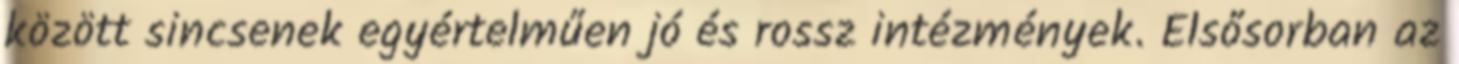
között sincsenek egyértelműen jó és rossz intézmények. Elsősorban az